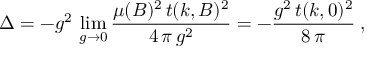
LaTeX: \Delta = - g ^ { 2 } \, \operatorname * { l i m } _ { g \to 0 } \frac { \mu ( B ) ^ { 2 } \, t ( k , B ) ^ { 2 } } { 4 \, \pi \, g ^ { 2 } } = - \frac { g ^ { 2 } \, t ( k , 0 ) ^ { 2 } } { 8 \, \pi } \: ,